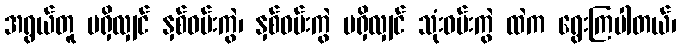
အရွယ်တူ မရှိလျှင် နှစ်ဝမ်းကွဲ၊ နှစ်ဝမ်းကွဲ မရှိလျှင် သုံးဝမ်းကွဲ ထဲက ရွေးကြပါတယ်၊